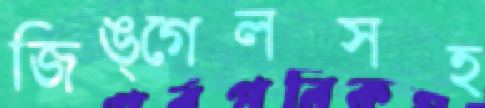
জিঙ্গেলসহ